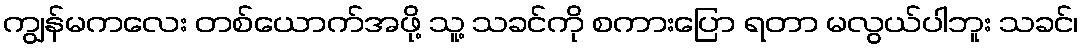
ကျွန်မကလေး တစ်ယောက်အဖို့ သူ့ သခင်ကို စကားပြော ရတာ မလွယ်ပါဘူး သခင်၊